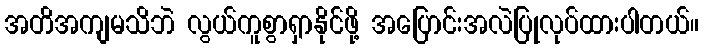
အတိအကျမသိဘဲ လွယ်ကူစွာရှာနိုင်ဖို့ အပြောင်းအလဲပြုလုပ်ထားပါတယ်။